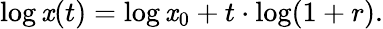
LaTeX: \log\mathit{x}(t)=\log\mathit{x}_{0}+t\cdot\log(1+r).